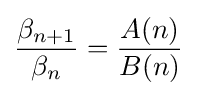
{\frac {\beta _{n+1}}{\beta _{n}}}={\frac {A(n)}{B(n)}}